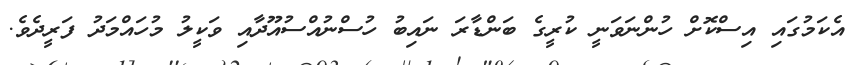
އެކަމުގައި އިސްކޮށް ހުންނަވަނީ ކުރީގެ ބަންޑާރަ ނައިބު ހުސްނުއްސުއޫދާއި ވަކީލު މުހައްމަދު ފަރީދެވެ.